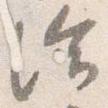
給